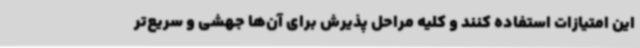
این امتیازات استفاده کنند و کلیه مراحل پذیرش برای آن‌ها جهشی و سریع‌تر